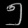
Digit: ၅